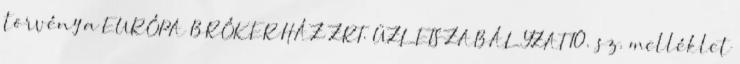
törvény a EURÓPA BRÓKERHÁZ ZRT. ÜZLETSZABÁLYZAT 10. sz. melléklet